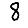
Digit: 8